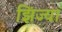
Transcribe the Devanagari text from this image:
झिंज्या